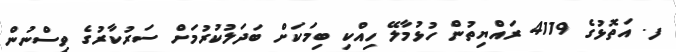
ފ. އަތޮޅުގެ 4119 ރައްޔިތުން ހުޅުމާލޭ ހިއްކި ބިމަކަށް ބަދަލުކުރުމަށް ސަރުކާރުގެ ވިސްނުން